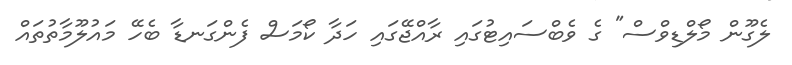
ލެގޫން މޯލްޑިވްސް" ގެ ވެބްސައިޓުގައި ރާއްޖޭގައި ހަދާ ކޯމަސް ފެންގަނޑާ ބެހޭ މައުލޫމާތުތައް